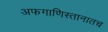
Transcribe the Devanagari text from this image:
अफगाणिस्तानातच